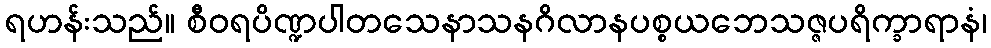
ရဟန်းသည်။ စီဝရပိဏ္ဍပါတသေနာသနဂိလာနပစ္စယဘေသဇ္ဇပရိက္ခာရာနံ၊